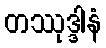
တဿုဒ္ဒါနံ